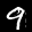
Label: 9